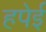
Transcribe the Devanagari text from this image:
हपेई